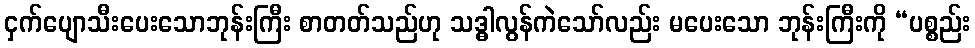
ငှက်ပျောသီးပေးသောဘုန်းကြီး စာတတ်သည်ဟု သဒ္ဓါလွန်ကဲသော်လည်း မပေးသော ဘုန်းကြီးကို “ပစ္စည်း